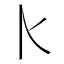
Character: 𰀠